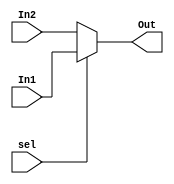
module mux2_1(In1, In2, Out, sel);
    input [7:0] In1, In2;
    output [7:0] Out;
    input sel;

    assign Out = sel ? In1 : In2;
endmodule

module mux4_1(In1, In2, In3, In4, Out, sel);
    input [7:0] In1, In2, In3, In4;
    output [7:0] Out;
    input [1:0] sel;

    reg [7:0] Out_reg;
    assign Out = Out_reg;

    always@(*)
    begin
        case(sel)
            2'b00: Out_reg = In1;
            2'b01: Out_reg = In2;
            2'b10: Out_reg = In3;
            default: Out_reg = In4;
        endcase
    end
endmodule